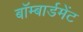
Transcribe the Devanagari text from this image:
बॉम्बार्डमेंट